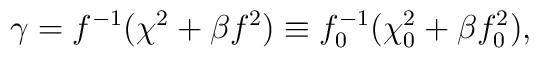
\gamma=f^{-1}(\chi^2+\beta f^2)\equiv f_0^{-1}(\chi_0^2+\beta f_0^2),